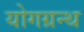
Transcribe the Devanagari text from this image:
योगग्रन्थ